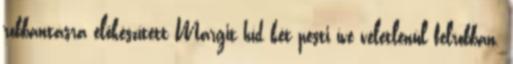
robbantásra elõkészített Margit híd két pesti íve véletlenül felrobban.